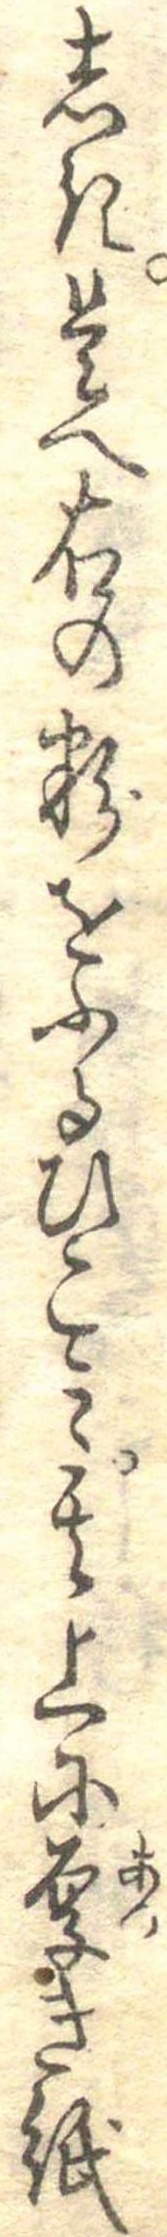
しき是へ右の粉をふるひこみ其上に厚き紙